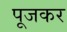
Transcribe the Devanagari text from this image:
पूजकर